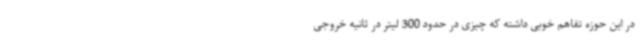
در این حوزه تفاهم خوبی داشته که چیزی در حدود 300 لیتر در ثانیه خروجی